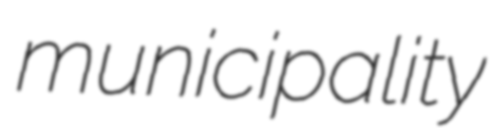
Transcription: municipality